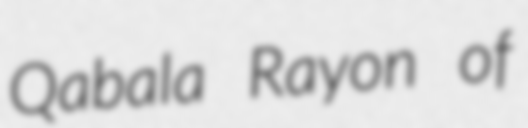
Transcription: Qabala Rayon of